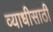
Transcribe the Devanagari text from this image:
व्याधीसाठी